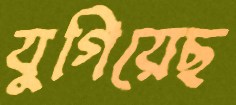
যুগিয়েছ